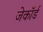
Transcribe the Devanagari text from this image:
जेकॉर्ड